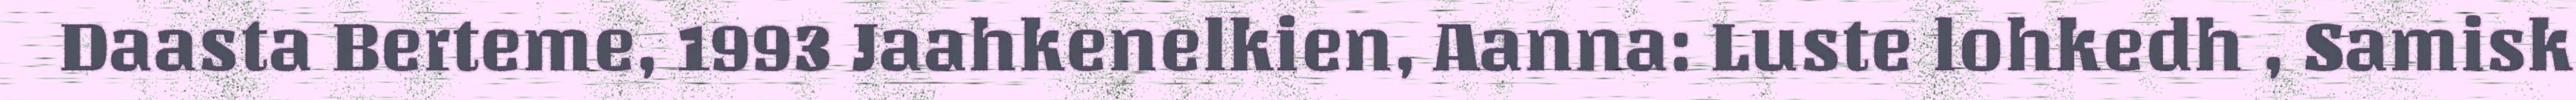
Daasta Berteme, 1993 Jaahkenelkien, Aanna: Luste lohkedh , Samisk